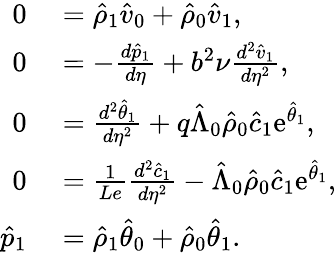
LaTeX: \begin{array}{rl}{0}&{{}=\hat{\rho}_{1}\hat{v}_{0}+\hat{\rho}_{0}\hat{v}_{1},}\\ {0}&{{}=-\frac{d\hat{p}_{1}}{d\eta}+b^{2}\nu\frac{d^{2}\hat{v}_{1}}{d\eta^{2}},}\\ {0}&{{}=\frac{d^{2}\hat{\theta}_{1}}{d\eta^{2}}+q\hat{\Lambda}_{0}\hat{\rho}_{0}\hat{c}_{1}\mathrm{e}^{\hat{\theta}_{1}},}\\ {0}&{{}=\frac{1}{Le}\frac{d^{2}\hat{c}_{1}}{d\eta^{2}}-\hat{\Lambda}_{0}\hat{\rho}_{0}\hat{c}_{1}\mathrm{e}^{\hat{\theta}_{1}},}\\ {\hat{p}_{1}}&{{}=\hat{\rho}_{1}\hat{\theta}_{0}+\hat{\rho}_{0}\hat{\theta}_{1}.}\end{array}